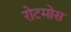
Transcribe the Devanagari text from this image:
रोटमोस